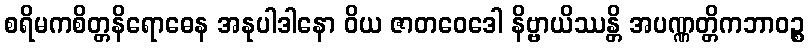
စရိမကစိတ္တနိရောဓေန အနုပါဒါနော ဝိယ ဇာတဝေဒေါ နိဗ္ဗာယိဿန္တိ အပဏ္ဏတ္တိကဘာဝဉ္စ